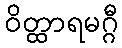
ဝိတ္ထာရမဂ္ဂီ